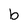
Character: b